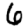
Digit: 6